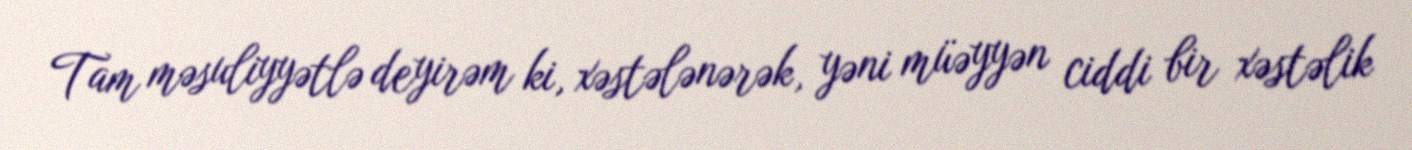
Tam məsuliyyətlə deyirəm ki, xəstələnərək, yəni müəyyən ciddi bir xəstəlik